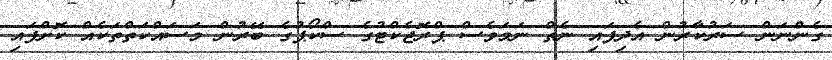
ގެންނަން ސަރުކާރުން އެދިފައި ނެތް ނަމަވެސް ޕްރޮޖެކްޓުގެ ސްކޯޕުގެ ބޭރުން މަސައްކަތްތަކެއް ކޮށްފައި